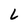
Character: L